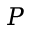
\boldsymbol { P }